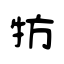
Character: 牥